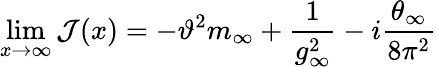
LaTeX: \operatorname*{lim}_{x\to\infty}\mathcal{J}(x)=-\vartheta^{2}m_{\infty}+\frac{{1}}{{g_{\infty}^{2}}}-i\frac{{\theta_{\infty}}}{{8\pi^{2}}}